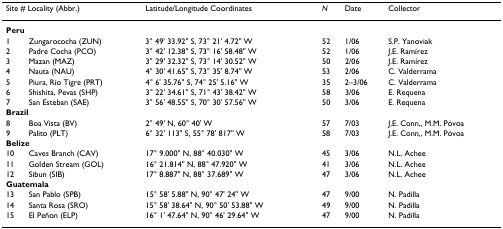
<table><thead><tr><td colspan="2"><b>Site # Locality (Abbr.)</b></td><td><b>Latitude/Longitude Coordinates</b></td><td><b><i>N</i></b></td><td><b>Date</b></td><td><b>Collector</b></td></tr></thead><tbody><tr><td colspan="2"><b>Peru</b></td><td></td><td></td><td></td><td></td></tr><tr><td>1</td><td>Zungarococha (ZUN)</td><td>3° 49&#x27; 33.92&quot; S, 73° 21&#x27; 4.72&quot; W</td><td>52</td><td>1/06</td><td>S.P. Yanoviak</td></tr><tr><td>2</td><td>Padre Cocha (PCO)</td><td>3° 42&#x27; 12.38&quot; S, 73° 16&#x27; 58.48&quot; W</td><td>52</td><td>1/06</td><td>J.E. Ramírez</td></tr><tr><td>3</td><td>Mazan (MAZ)</td><td>3° 29&#x27; 32.32&quot; S, 73° 14&#x27; 30.52&quot; W</td><td>50</td><td>2/06</td><td>J.E. Ramírez</td></tr><tr><td>4</td><td>Nauta (NAU)</td><td>4° 30&#x27; 41.65&quot; S, 73° 35&#x27; 8.74&quot; W</td><td>53</td><td>2/06</td><td>C. Valderrama</td></tr><tr><td>5</td><td>Piura, Rio Tigre (PRT)</td><td>4° 6&#x27; 35.76&quot; S, 74° 25&#x27; 5.16&quot; W</td><td>35</td><td>2–3/06</td><td>C. Valderrama</td></tr><tr><td>6</td><td>Shishita, Pevas (SHP)</td><td>3° 22&#x27; 34.61&quot; S, 71° 43&#x27; 38.42&quot; W</td><td>58</td><td>3/06</td><td>E. Requena</td></tr><tr><td>7</td><td>San Esteban (SAE)</td><td>3° 56&#x27; 48.55&quot; S, 70° 30&#x27; 57.56&quot; W</td><td>50</td><td>3/06</td><td>E. Requena</td></tr><tr><td colspan="2"><b>Brazil</b></td><td></td><td></td><td></td><td></td></tr><tr><td>8</td><td>Boa Vista (BV)</td><td>2° 49&#x27; N, 60° 40&#x27; W</td><td>57</td><td>7/03</td><td>J.E. Conn,, M.M. Póvoa</td></tr><tr><td>9</td><td>Palito (PLT)</td><td>6° 32&#x27; 113&quot; S, 55° 78&#x27; 817&quot; W</td><td>58</td><td>7/03</td><td>J.E. Conn,, M.M. Póvoa</td></tr><tr><td colspan="2"><b>Belize</b></td><td></td><td></td><td></td><td></td></tr><tr><td>10</td><td>Caves Branch (CAV)</td><td>17° 9.000&quot; N, 88° 40.030&quot; W</td><td>45</td><td>3/06</td><td>N.L. Achee</td></tr><tr><td>11</td><td>Golden Stream (GOL)</td><td>16° 21.814&quot; N, 88° 47.920&quot; W</td><td>41</td><td>3/06</td><td>N.L. Achee</td></tr><tr><td>12</td><td>Sibun (SIB)</td><td>17° 8.887&quot; N, 88° 37.689&quot; W</td><td>47</td><td>3/06</td><td>N.L. Achee</td></tr><tr><td colspan="2"><b>Guatemala</b></td><td></td><td></td><td></td><td></td></tr><tr><td>13</td><td>San Pablo (SPB)</td><td>15° 58&#x27; 5.88&quot; N, 90° 47&#x27; 24&quot; W</td><td>47</td><td>9/00</td><td>N. Padilla</td></tr><tr><td>14</td><td>Santa Rosa (SRO)</td><td>15° 58&#x27; 38.64&quot; N, 90° 50&#x27; 53.88&quot; W</td><td>49</td><td>9/00</td><td>N. Padilla</td></tr><tr><td>15</td><td>El Peñon (ELP)</td><td>16° 1&#x27; 47.64&quot; N, 90° 46&#x27; 29.64&quot; W</td><td>47</td><td>9/00</td><td>N. Padilla</td></tr></tbody></table>